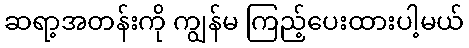
ဆရာ့အတန်းကို ကျွန်မ ကြည့်ပေးထားပါ့မယ်